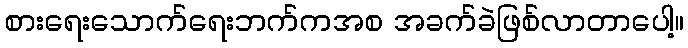
စားရေးသောက်ရေးဘက်ကအစ အခက်ခဲဖြစ်လာတာပေါ့။